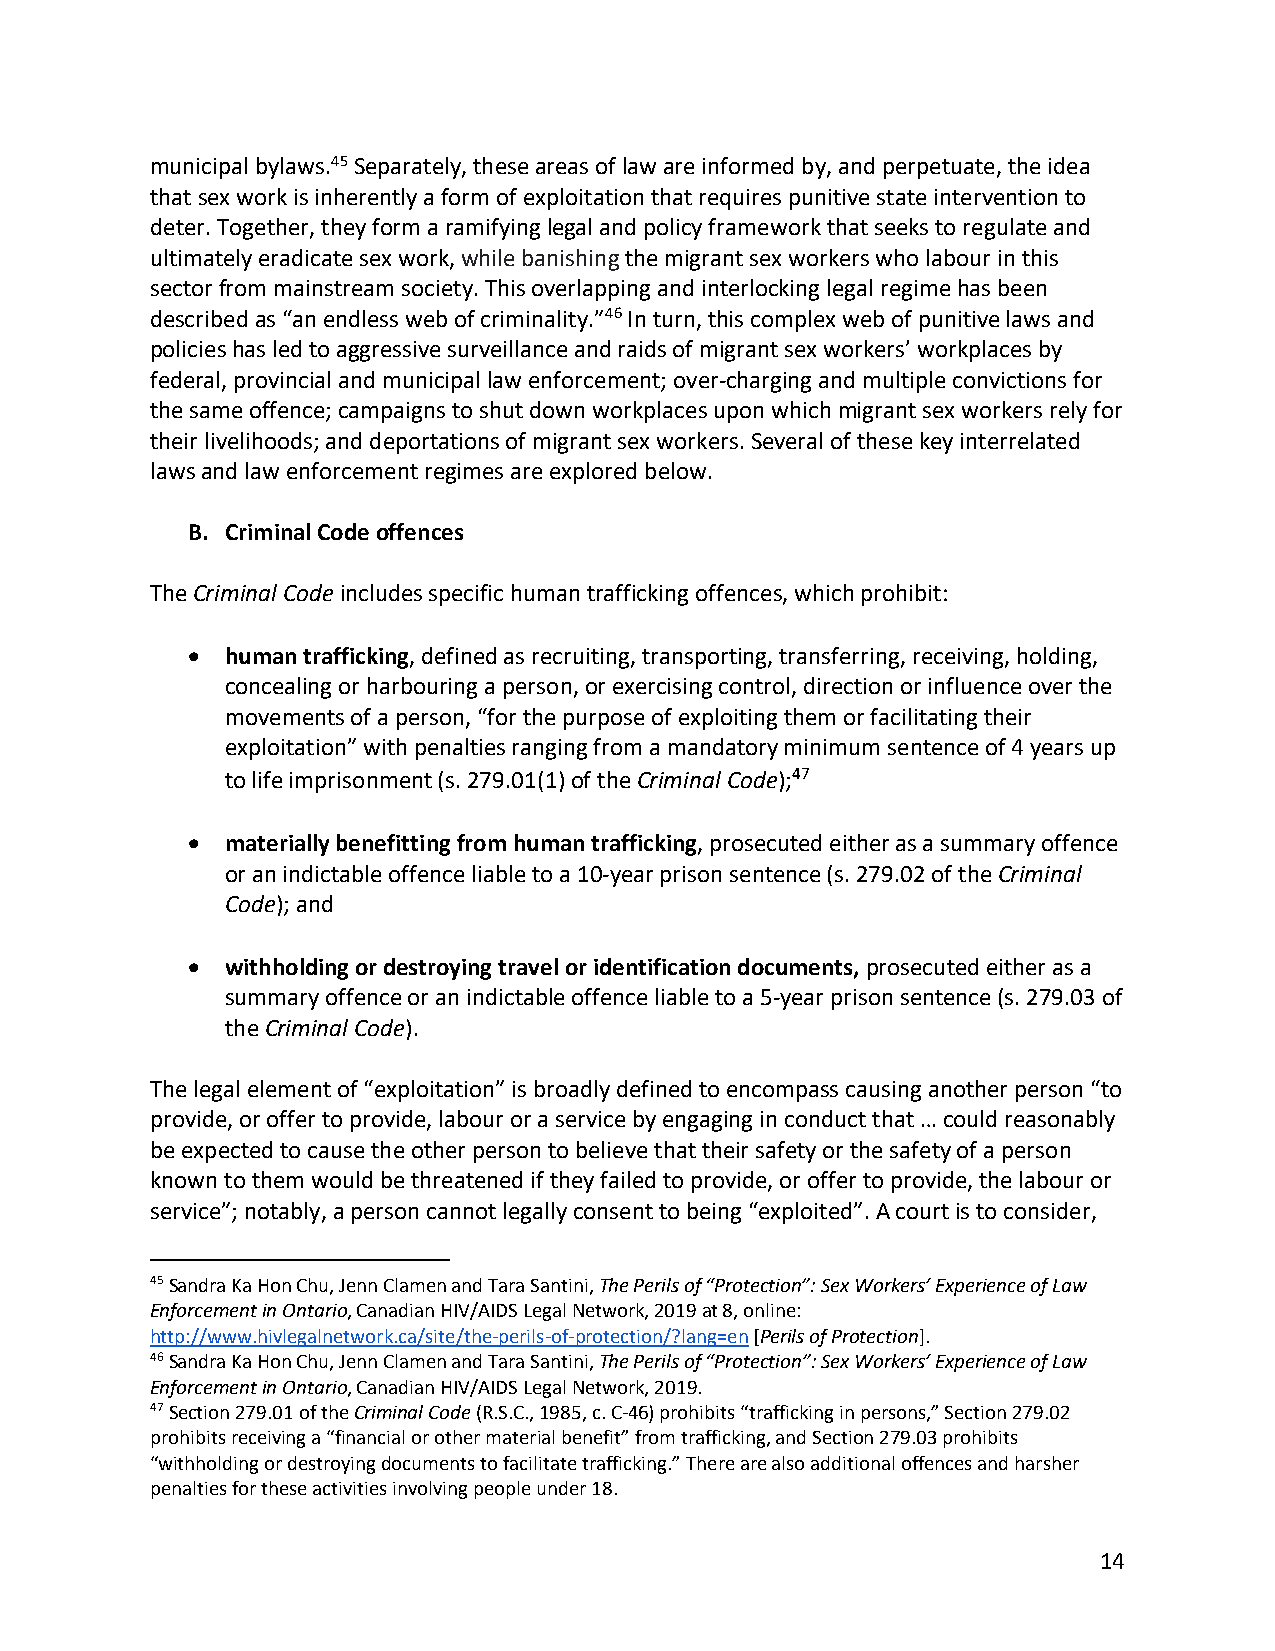
municipal bylaws.45 Separately, these areas of law are informed by, and perpetuate, the idea
 that sex work is inherently a form of exploitation that requires punitive state intervention to
 deter. Together, they form a ramifying legal and policy framework that seeks to regulate and
 ultimately eradicate sex work, while banishing the migrant sex workers who labour in this
 sector from mainstream society. This overlapping and interlocking legal regime has been
 described as “an endless web of criminality.”46 In turn, this complex web of punitive laws and
 policies has led to aggressive surveillance and raids of migrant sex workers’ workplaces by
 federal, provincial and municipal law enforcement; over-charging and multiple convictions for
 the same offence; campaigns to shut down workplaces upon which migrant sex workers rely for
 their livelihoods; and deportations of migrant sex workers. Several of these key interrelated
 laws and law enforcement regimes are explored below.
 B. Criminal Code offences
 The Criminal Code includes specific human trafficking offences, which prohibit:
 •  human trafficking, defined as recruiting, transporting, transferring, receiving, holding,
 concealing or harbouring a person, or exercising control, direction or influence over the
 movements of a person, “for the purpose of exploiting them or facilitating their
 exploitation” with penalties ranging from a mandatory minimum sentence of 4 years up
 to life imprisonment (s. 279.01(1) of the Criminal Code);47
 •  materially benefitting from human trafficking, prosecuted either as a summary offence
 or an indictable offence liable to a 10-year prison sentence (s. 279.02 of the Criminal
 Code); and
 •  withholding or destroying travel or identification documents, prosecuted either as a
 summary offence or an indictable offence liable to a 5-year prison sentence (s. 279.03 of
 the Criminal Code).
 The legal element of “exploitation” is broadly defined to encompass causing another person “to
 provide, or offer to provide, labour or a service by engaging in conduct that … could reasonably
 be expected to cause the other person to believe that their safety or the safety of a person
 known to them would be threatened if they failed to provide, or offer to provide, the labour or
 service”; notably, a person cannot legally consent to being “exploited”. A court is to consider,
 45 Sandra Ka Hon Chu, Jenn Clamen and Tara Santini, The Perils of “Protection”: Sex Workers’ Experience of Law
 Enforcement in Ontario, Canadian HIV/AIDS Legal Network, 2019 at 8, online:
 http://www.hivlegalnetwork.ca/site/the-perils-of-protection/?lang=en [Perils of Protection].
 46 Sandra Ka Hon Chu, Jenn Clamen and Tara Santini, The Perils of “Protection”: Sex Workers’ Experience of Law
 Enforcement in Ontario, Canadian HIV/AIDS Legal Network, 2019.
 47 Section 279.01 of the Criminal Code (R.S.C., 1985, c. C-46) prohibits “trafficking in persons,” Section 279.02
 prohibits receiving a “financial or other material benefit” from trafficking, and Section 279.03 prohibits
 “withholding or destroying documents to facilitate trafficking.” There are also additional offences and harsher
 penalties for these activities involving people under 18.
 14